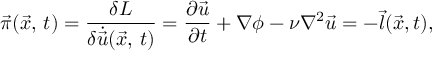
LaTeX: \vec { \pi } ( \vec { x } , \, t ) = { \frac { \delta { \cal L } } { { \delta \dot { \vec { u } } } ( \vec { x } , \, t ) } } = { \frac { \partial \vec { u } } { \partial t } } + \nabla \phi - \nu \nabla ^ { 2 } \vec { u } = - \vec { l } ( \vec { x } , t ) ,